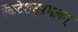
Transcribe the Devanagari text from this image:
वेंकटेशसुप्रभातम्